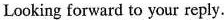
Looking forward to your reply.